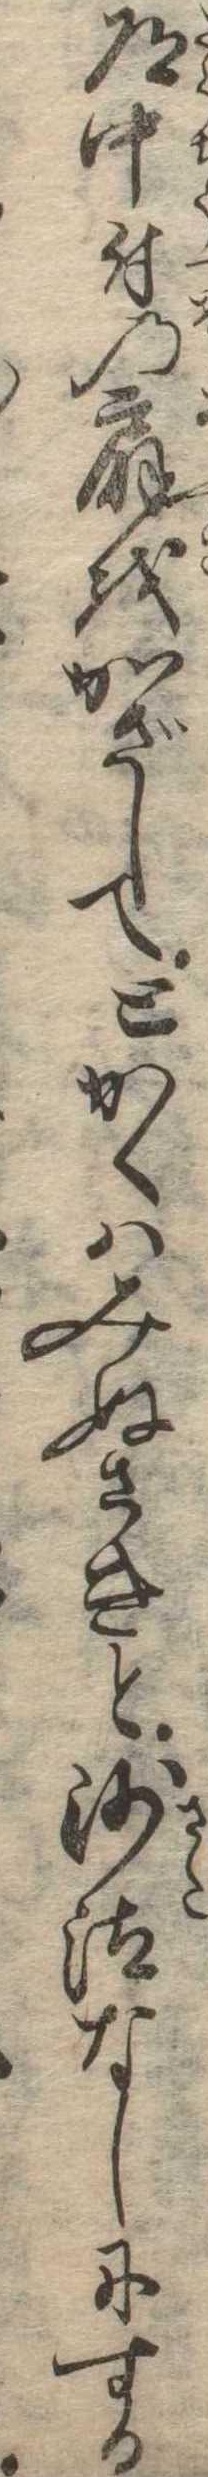
道中付の扇をかざしてとかくはみぬさきと沙汰なしにする